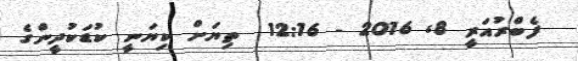
ފެބްރުއަރީ 8